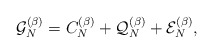
\begin{align*} \mathcal{G}_N^{(\beta)}= C_{N}^{(\beta)}+\mathcal{Q}_N^{(\beta)}+\mathcal{E}_N^{(\beta)},\end{align*}